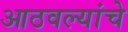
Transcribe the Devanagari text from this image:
आठवल्यांचे